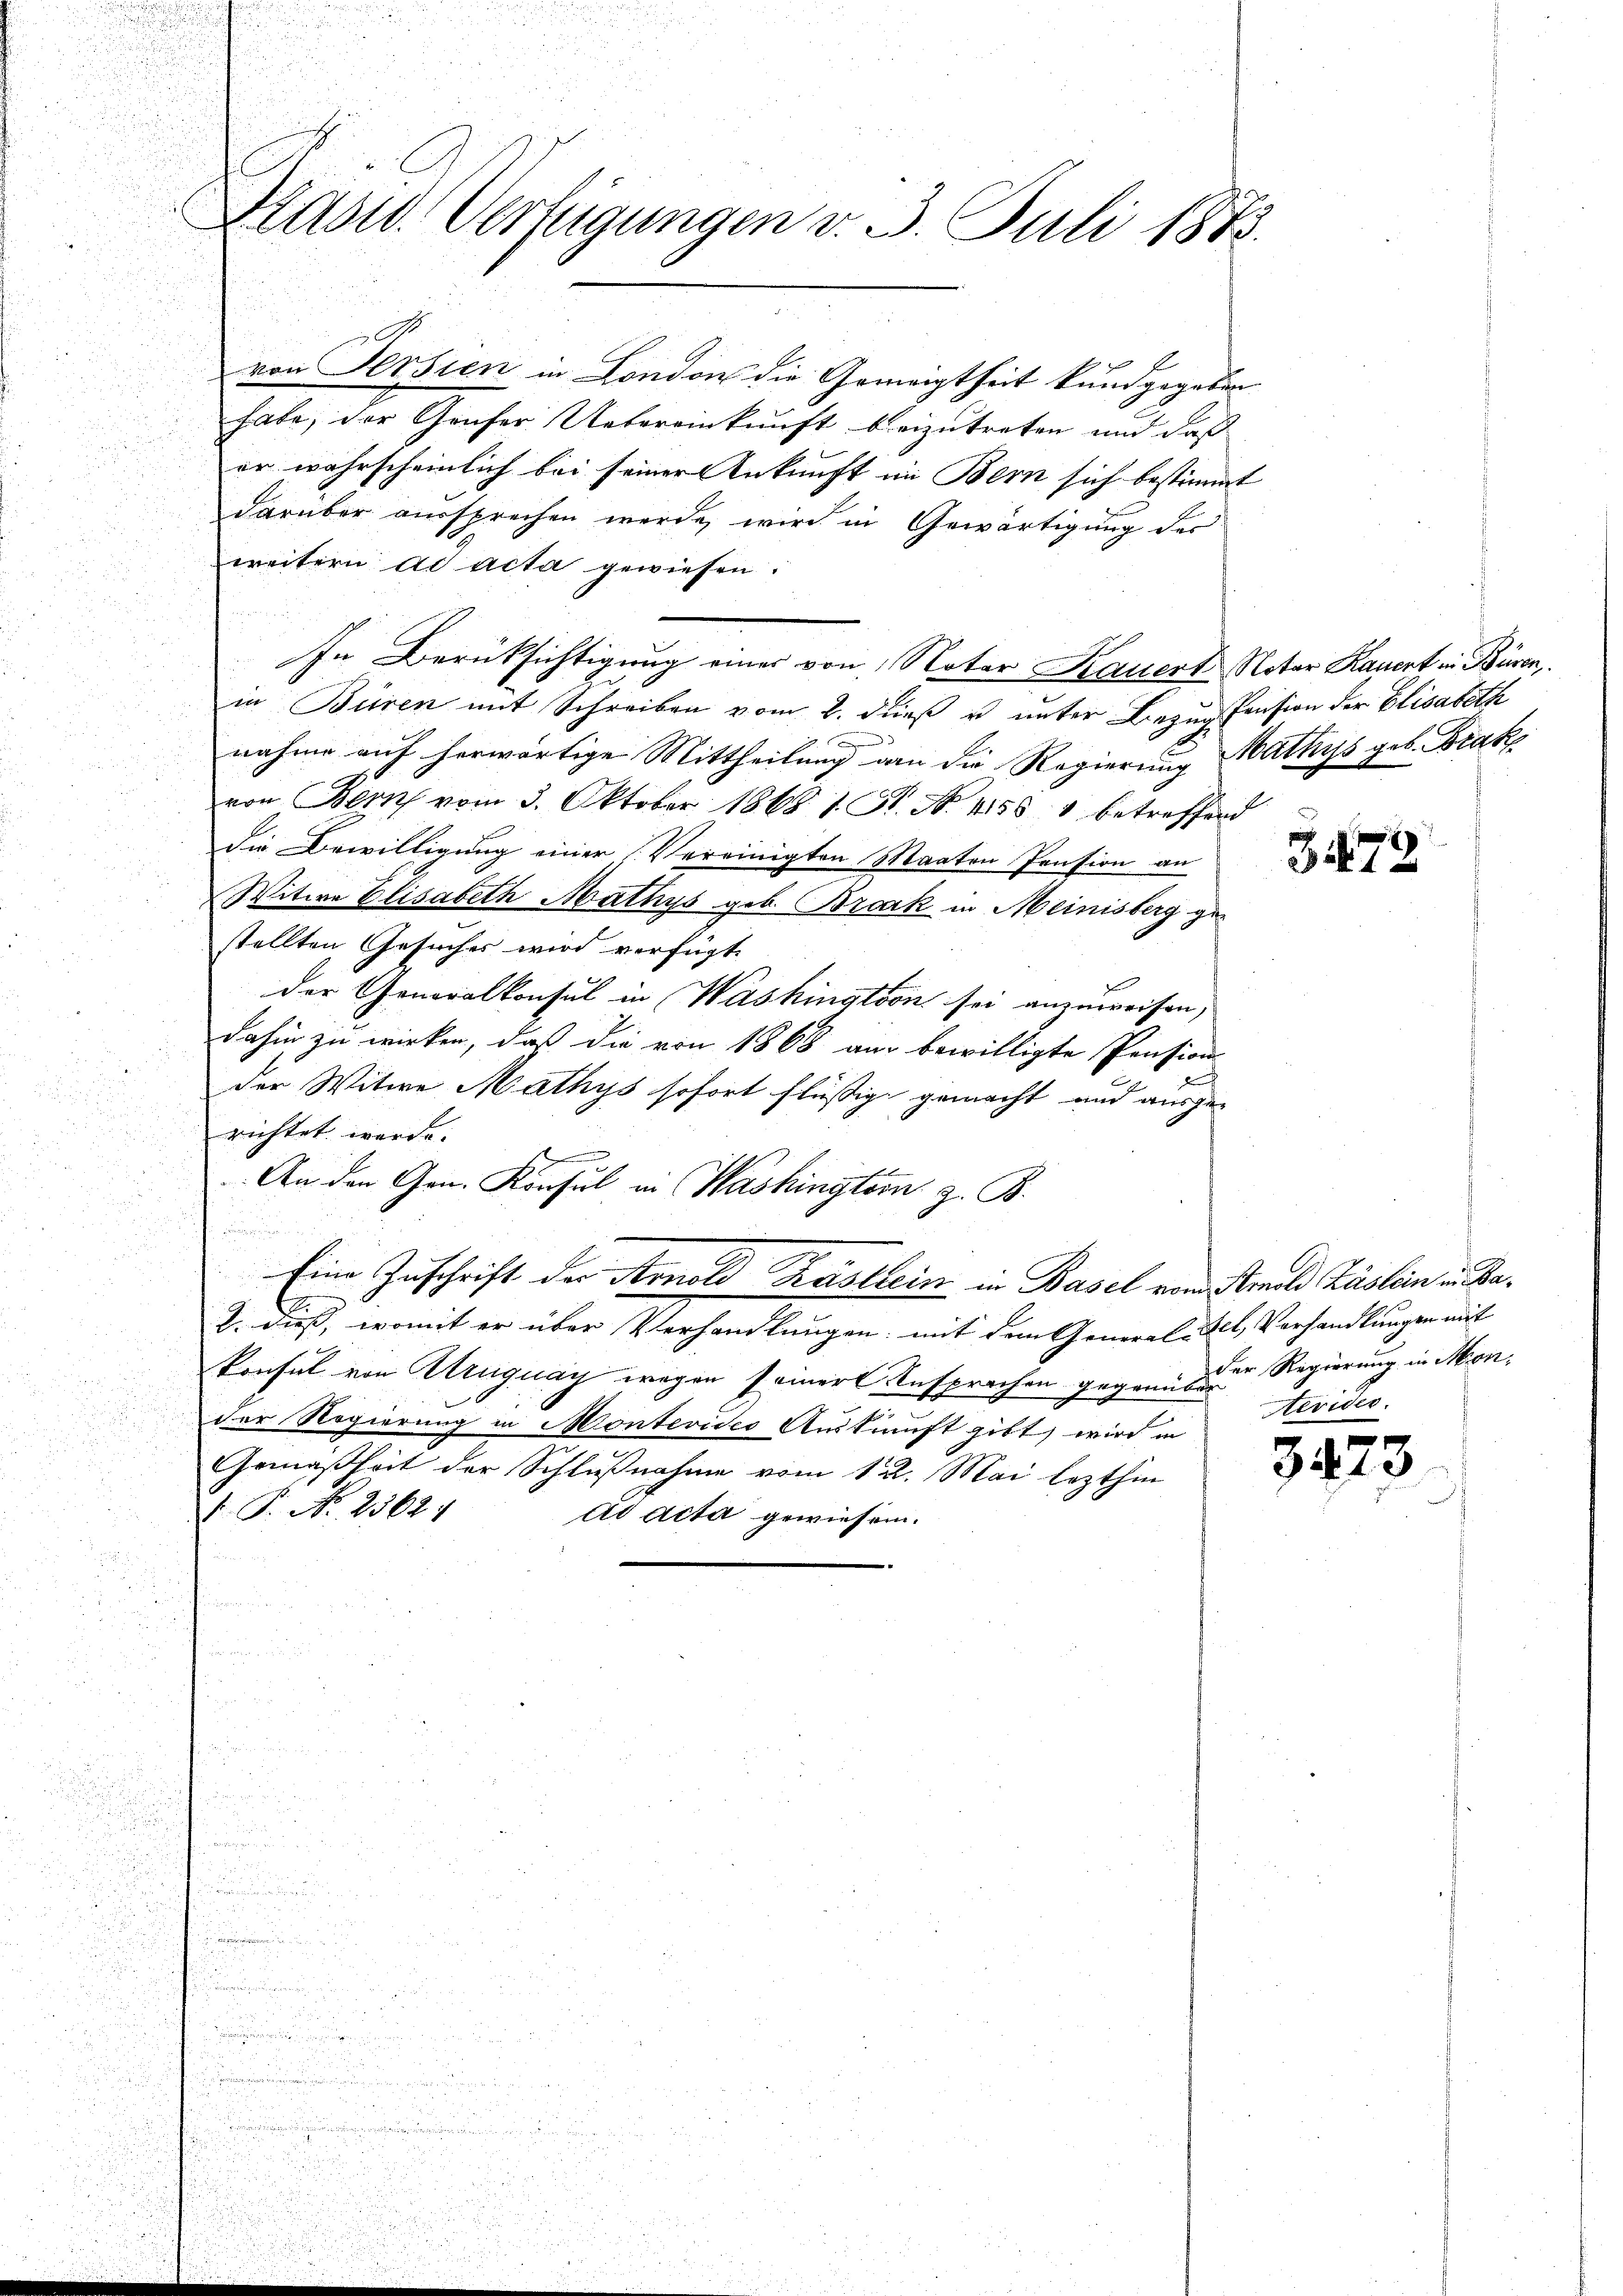
Hasid. Verfügungen v. 3. Juli 1873.

von Persien in London die Gemeigtheit kundgegeben
habe, der Grafer Uebereinkunft beizutreten und daß
er wahrscheinlich bei seiner Ankunft im Bern sich bestimmt
darüber aussprechen werde, wird in Gewärtigung des
weitern ad acta gewiesen.
In Berüksichtigung eines von Notar Kauert Notar Kauert in Büren,
in Büren mit Schreiben vom 2. dieß u unter Bezug Pension der Elisabeth
nahme auf herwärtige Mittheilung an die Regierung Mathys geb. Brak
von Bern vom 3. Oktober 1868 1 St. No. 41581 betreffend
die Bewilligung einer Vereinigten Maaten Pension an
Witwe Elisabeth Mathys geb. Break in Meinisberg ge-
stellten Gesucher wird verfügt:
der Generalkonsul in Washington sei anzuweisen,
dahin zu wirken, daß die von 1868 am bewilligte Pension
der Witwe Mathys sofort flüssige gemacht und ausge-
richtet werde.
An den Gen. Konsul in Washington z. B.
.
Eine Zuschrift der Arnold Kastlein in Basel von Arnold Käslin in Ba¬
2. dieß, womit er über Verhandlungen mit dem General-Fel, Vorhandlungen mit
konsul von Uruguay wegen seiner Ansprochen gegenn die Regierung in Monder Regierung in Montevides Auskunft gibt, wird in Herider.
Gemäßheit der Schlußnahme vom 12. Mai lezthin
 P. No. 23621
Ad Acta gewiesen.

3473

3473